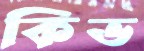
কিভ